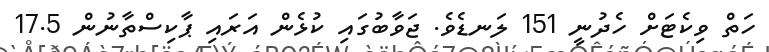
ހަތް ވިކެޓަށް ހެދުނީ 151 ލަނޑެވެ. ޖަވާބުގައި ކުޅެން އަރައި ޕާކިސްތާނުން 17.5